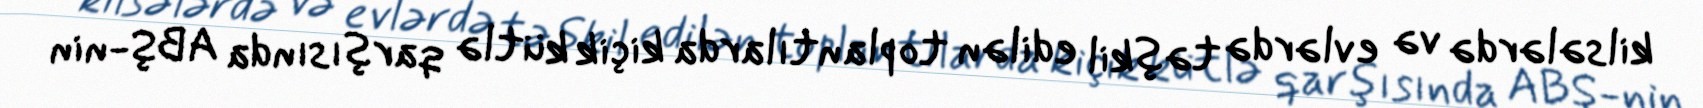
kilsələrdə və evlərdə təşkil edilən toplantılarda kiçik kütlə qarşısında ABŞ-nin